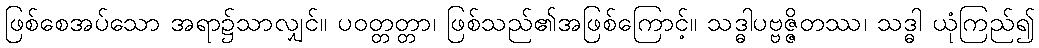
ဖြစ်စေအပ်သော အရာ၌သာလျှင်။ ပဝတ္တတ္တာ၊ ဖြစ်သည်၏အဖြစ်ကြောင့်။ သဒ္ဓါပဗ္ဗဇ္ဇိတဿ၊ သဒ္ဓါ ယုံကြည်၍